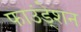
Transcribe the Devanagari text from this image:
फाउंडे्शन